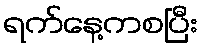
ရက်နေ့ကစပြီး